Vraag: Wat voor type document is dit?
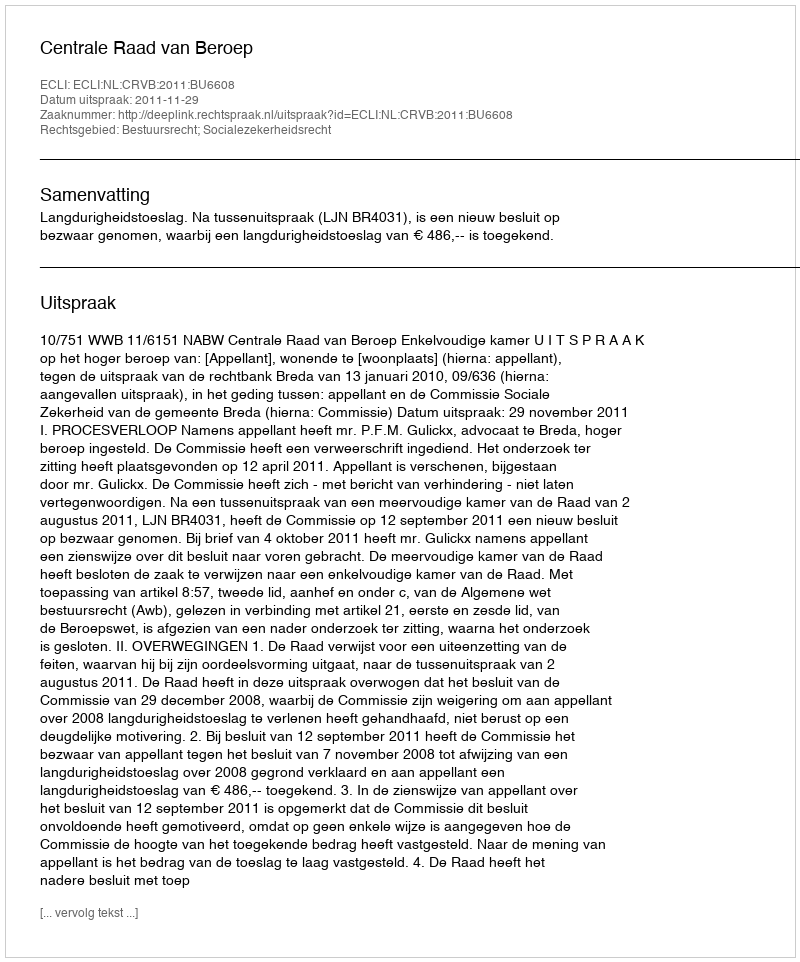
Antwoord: Uitspraak